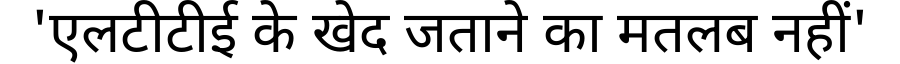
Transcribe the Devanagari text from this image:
'एलटीटीई के खेद जताने का मतलब नहीं'